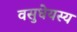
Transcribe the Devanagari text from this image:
वसुधेयस्य